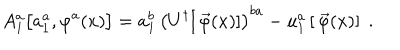
A _ { 1 } ^ { a } \big [ a _ { 1 } ^ { a } , \varphi ^ { a } ( x ) \big ] = a _ { 1 } ^ { b } \, \left( U ^ { \dagger } [ \, \vec { \varphi } ( x ) ] \right) ^ { b a } - u _ { 1 } ^ { a } \left[ \, \vec { \varphi } ( x ) \right] \; .